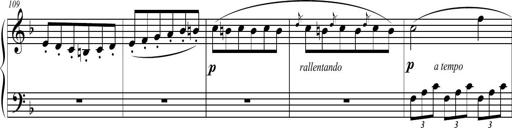
Title: 2 Sonatines faciles et brillantes pour le piano-forte seul
Composer: Carl Czerny